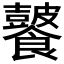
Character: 𩟚